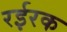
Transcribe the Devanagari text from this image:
रईरक